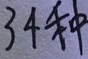
3 4 种